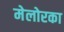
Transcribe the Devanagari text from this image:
मेलोरका